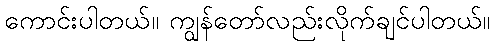
ကောင်းပါတယ်။ ကျွန်တော်လည်းလိုက်ချင်ပါတယ်။